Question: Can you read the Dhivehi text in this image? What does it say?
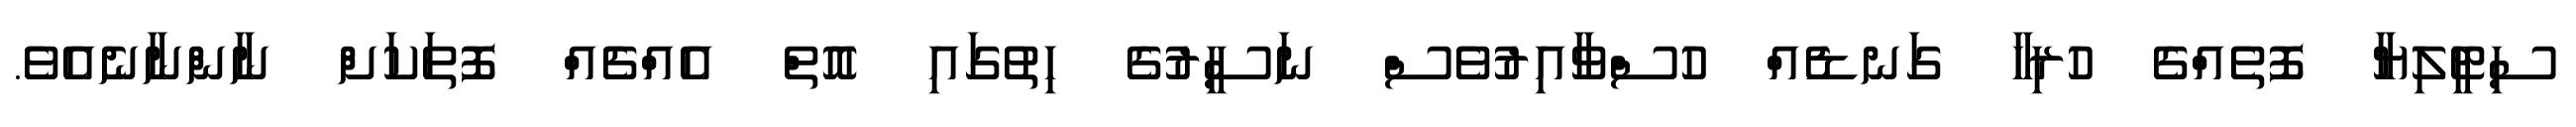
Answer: ސިޓީލިޔާ ފޮތެއްގެ ހުރިހާ ގަނޑެއް ހުސްވާއިރުވެސް ނަސީރުގެ ހިތުގައި އޮތް އެއްޗެއް ފޮތަކަށް ނާންނާނެއެވެ.